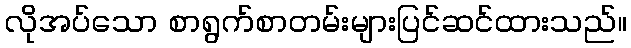
လိုအပ်သော စာရွက်စာတမ်းများပြင်ဆင်ထားသည်။